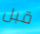
قبل